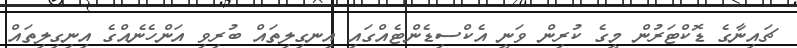
ޗައިނާގެ ޑޮކްޓަރުން މީގެ ކުރިން ވަނީ އެކްސިޑެންޓެއްގައި އިނގިލިތައް ބުރިވި އަންހެނެއްގެ އިނިގިލިތައް